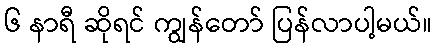
၆ နာရီ ဆိုရင် ကျွန်တော် ပြန်လာပါ့မယ်။